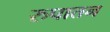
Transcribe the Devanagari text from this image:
रुपातन